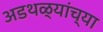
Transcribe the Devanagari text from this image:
अडथळ्यांच्या